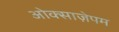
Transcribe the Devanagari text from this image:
ओक्साज़ेपम